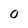
Character: 0